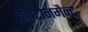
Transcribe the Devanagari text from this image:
कैण्टोनमैन्ट